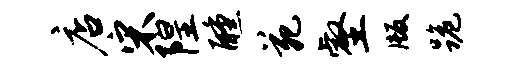
店宋隍醺苑壑版跪